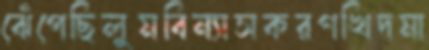
ঝেঁপেছিলুমবিন্যাসকরণখিদমা